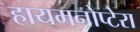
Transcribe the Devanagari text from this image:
हायमनोप्टेरा